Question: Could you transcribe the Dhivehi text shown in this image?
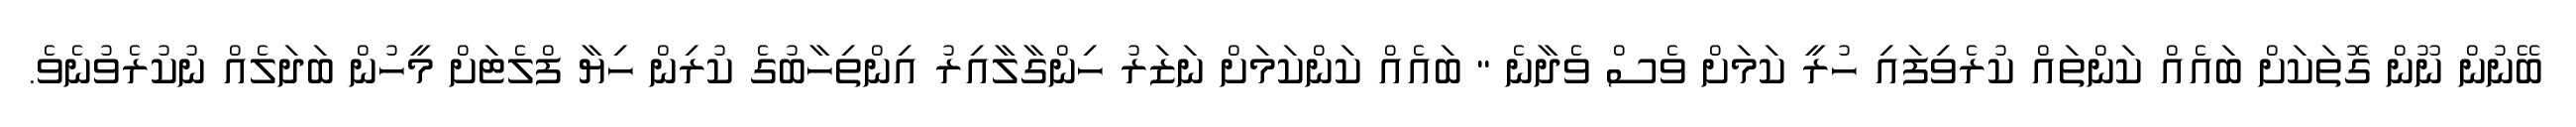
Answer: ބޭނުން ނޫން ގޮތަކަށް ބައެއް ކަންތައް ކުރެވިފައި ހުރީ ކަމަށް ވެސް ވެދާނެ " ބައެއް ކަންކަމަށް ނަޒަރު ހިންގާލާއިރު އިންތިހާބުގެ ކުރިން ހިޔާ ފްލެޓަށް މީހުން ބަދަލެއް ނުކުރެވުނެވެ.